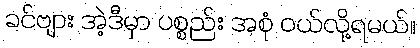
ခင်ဗျား အဲ့ဒီမှာ ပစ္စည်း အစုံ ဝယ်လို့ရမယ်။